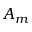
A _ { m }